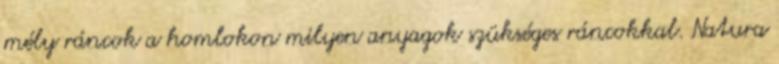
mély ráncok a homlokon milyen anyagok szükséges ráncokkal. Natura